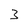
Character: 3